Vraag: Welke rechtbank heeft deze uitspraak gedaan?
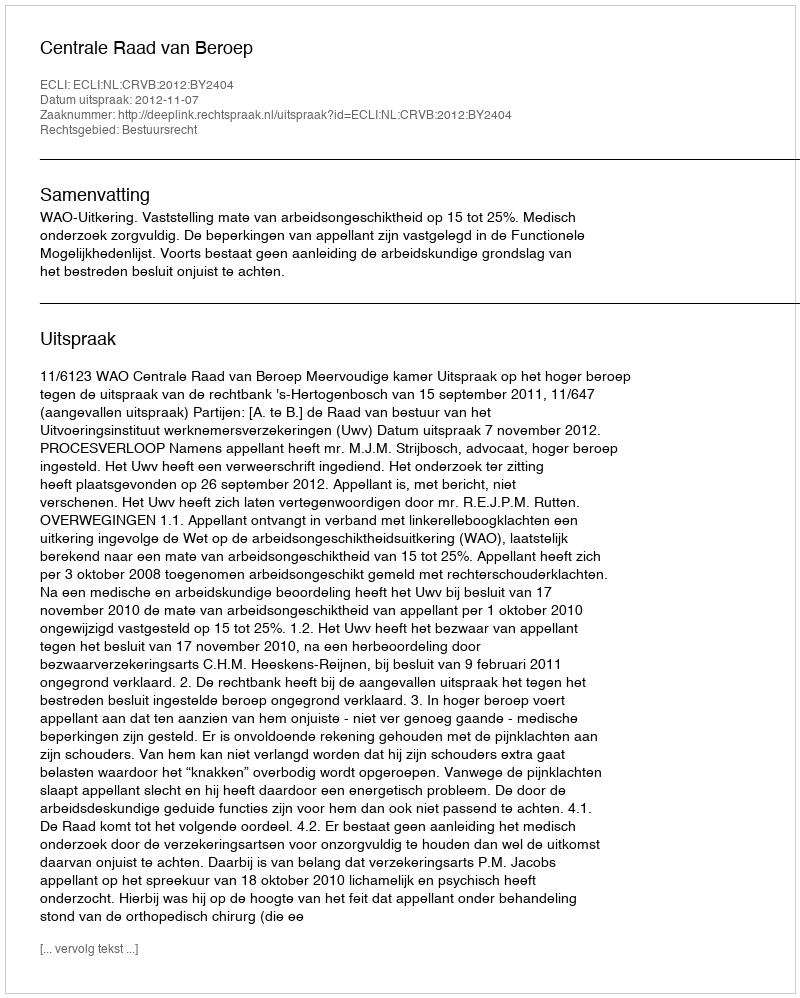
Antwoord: Centrale Raad van Beroep